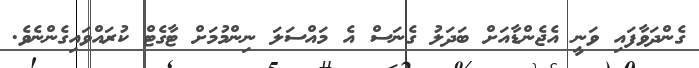
ގެންދަވާފައި ވަނީ އެޖެންޑާއަށް ބަދަލު ގެނަސް އެ މައްސަލަ ނިންމުމަށް ޓާގެޓް ކުރައްވައިގެންނެވެ.